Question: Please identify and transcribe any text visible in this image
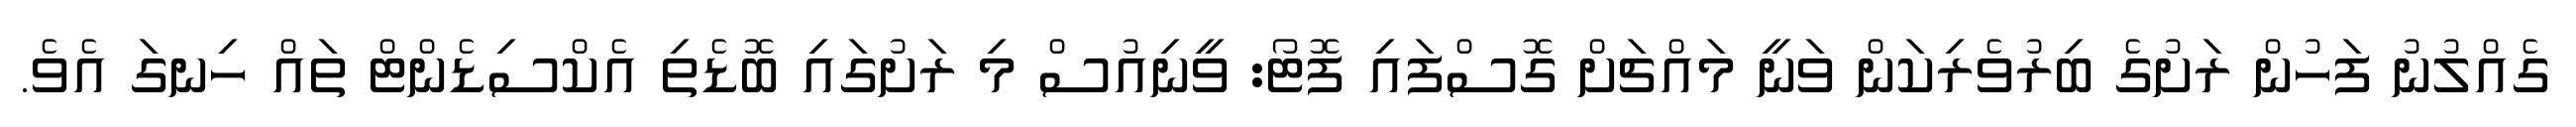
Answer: ގެއްލުނު ފަހުން ރަށުގެ ބިރުވެރިކަން ވަނީ މައްޗަށް ގޮސްފައި ފޮޓޯ: ވީނިއުސް މި ރަށުގައި ބޮޑެތި އެކްސިޑެންޓް ތައް ހިނގަ އެވެ.